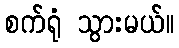
စက်ရုံ သွားမယ်။